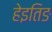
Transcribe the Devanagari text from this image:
हेइतिङ